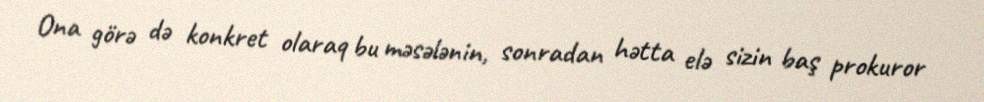
Ona görə də konkret olaraq bu məsələnin, sonradan hətta elə sizin baş prokuror